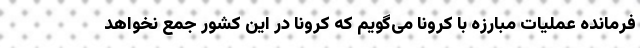
فرمانده عملیات مبارزه با کرونا می‌گویم که کرونا در این کشور جمع نخواهد